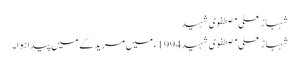
شہباز علی مصطفوی شہید
شہباز علی مصطفوی شہید 1994ء میں مریدکے میں پیدا ہوا۔